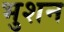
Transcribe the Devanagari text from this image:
भुशन